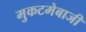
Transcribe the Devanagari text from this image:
मुकटमेबाजी